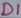
Text: D1